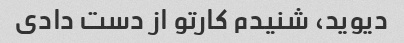
دیوید، شنیدم کارتو از دست دادی